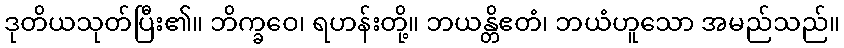
ဒုတိယသုတ်ပြီး၏။ ဘိက္ခဝေ၊ ရဟန်းတို့။ ဘယန္တိဧတံ၊ ဘယံဟူသော အမည်သည်။